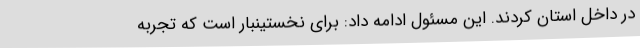
در داخل استان کردند. این مسئول ادامه داد: برای نخستینبار است که تجربه